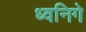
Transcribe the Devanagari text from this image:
ध्वनिगे